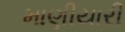
માણીયારી